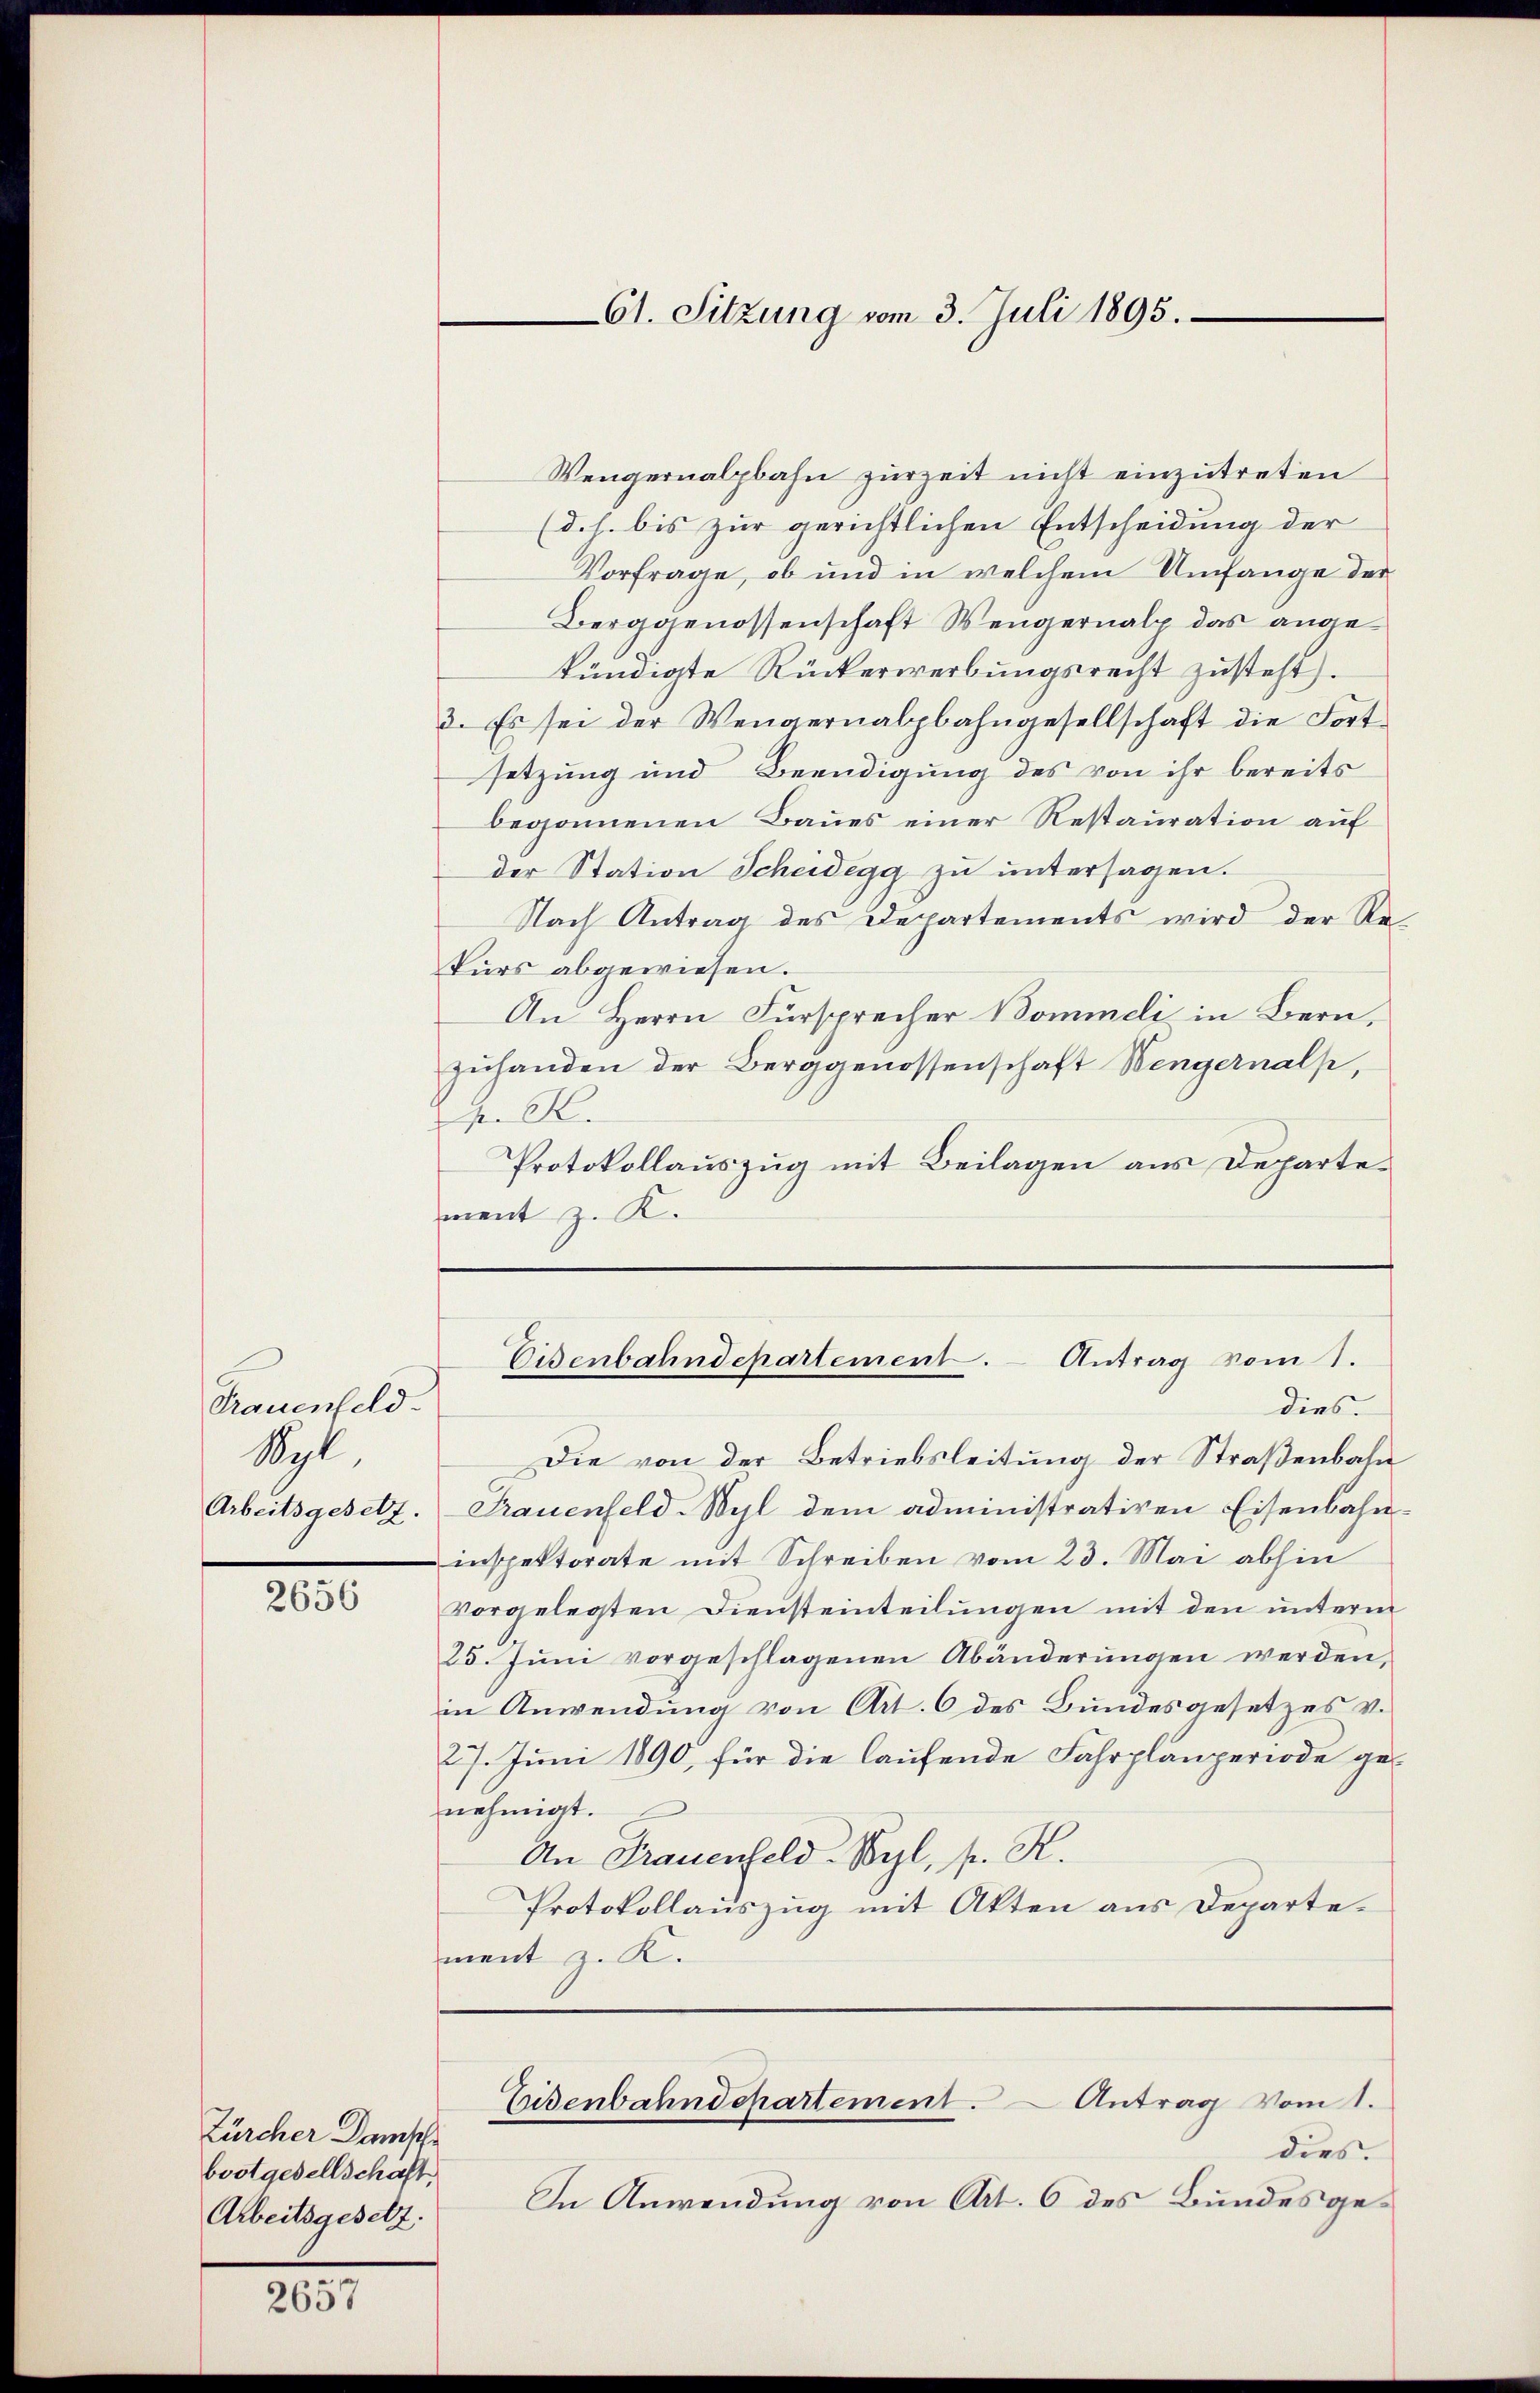
Trauenfeld.
Syl

2656

Zürcher Damische
bostgesellschaft
Arbeitsgesetz.

2657

Wengernalpbahn zurzeit nicht einzutreten
(d. h. bis zur gerichtlichen Entscheidung der
Vorfrage, ob und in welchem Umfange der
Berggenossenschaft Wengernalp das angekündigte Rückerwerbungsrecht zŭsteht).
3. Es sei der Wengernalbahngesellschaft die Fortsetzung und Beendigung des von ihr bereits
begonnenen Baues einer Restauration auf
der Station Scheidegg zŭ ŭntersagen.
Nach Antrag des Departements wird der Rekurs abgewiesen.
An Herrn Fürsprecher Bommeli in Bern,
zuhanden der Berggenossenschaft Wengernalp,
 K.
Protokollauszug mit Beilagen aus Departement z. K.
Eisenbahndepartement. - Antrag vom 1.
dies.
Die von der Betriebsleitung der Straßenbahn
Arbeitsgesetz. Frauenfeld-Wyl dem administrativen Eisenbahn-
inspektorate mit Schreiben vom 23. Mai abhin
vorgelegten Diensteinteilungen mit den unterm
25. Jŭni vorgeschlagenen Abänderŭngen werden,
in Anwendung von Art. 6 des Bundesgesetzes v.
27. Juni 1890, für die laufende Fahrplänperiode genehmigt.
An Frauenfeld-Wyl, pr. K.
Protokollauszug mit Akten aus Departement z. K.
Eisenbahndepartement. Antrag vom 1.
dies.
In Anwendung von Art. 6 des Bundesge¬

61. Sitzung vom 3. Juli 1895.